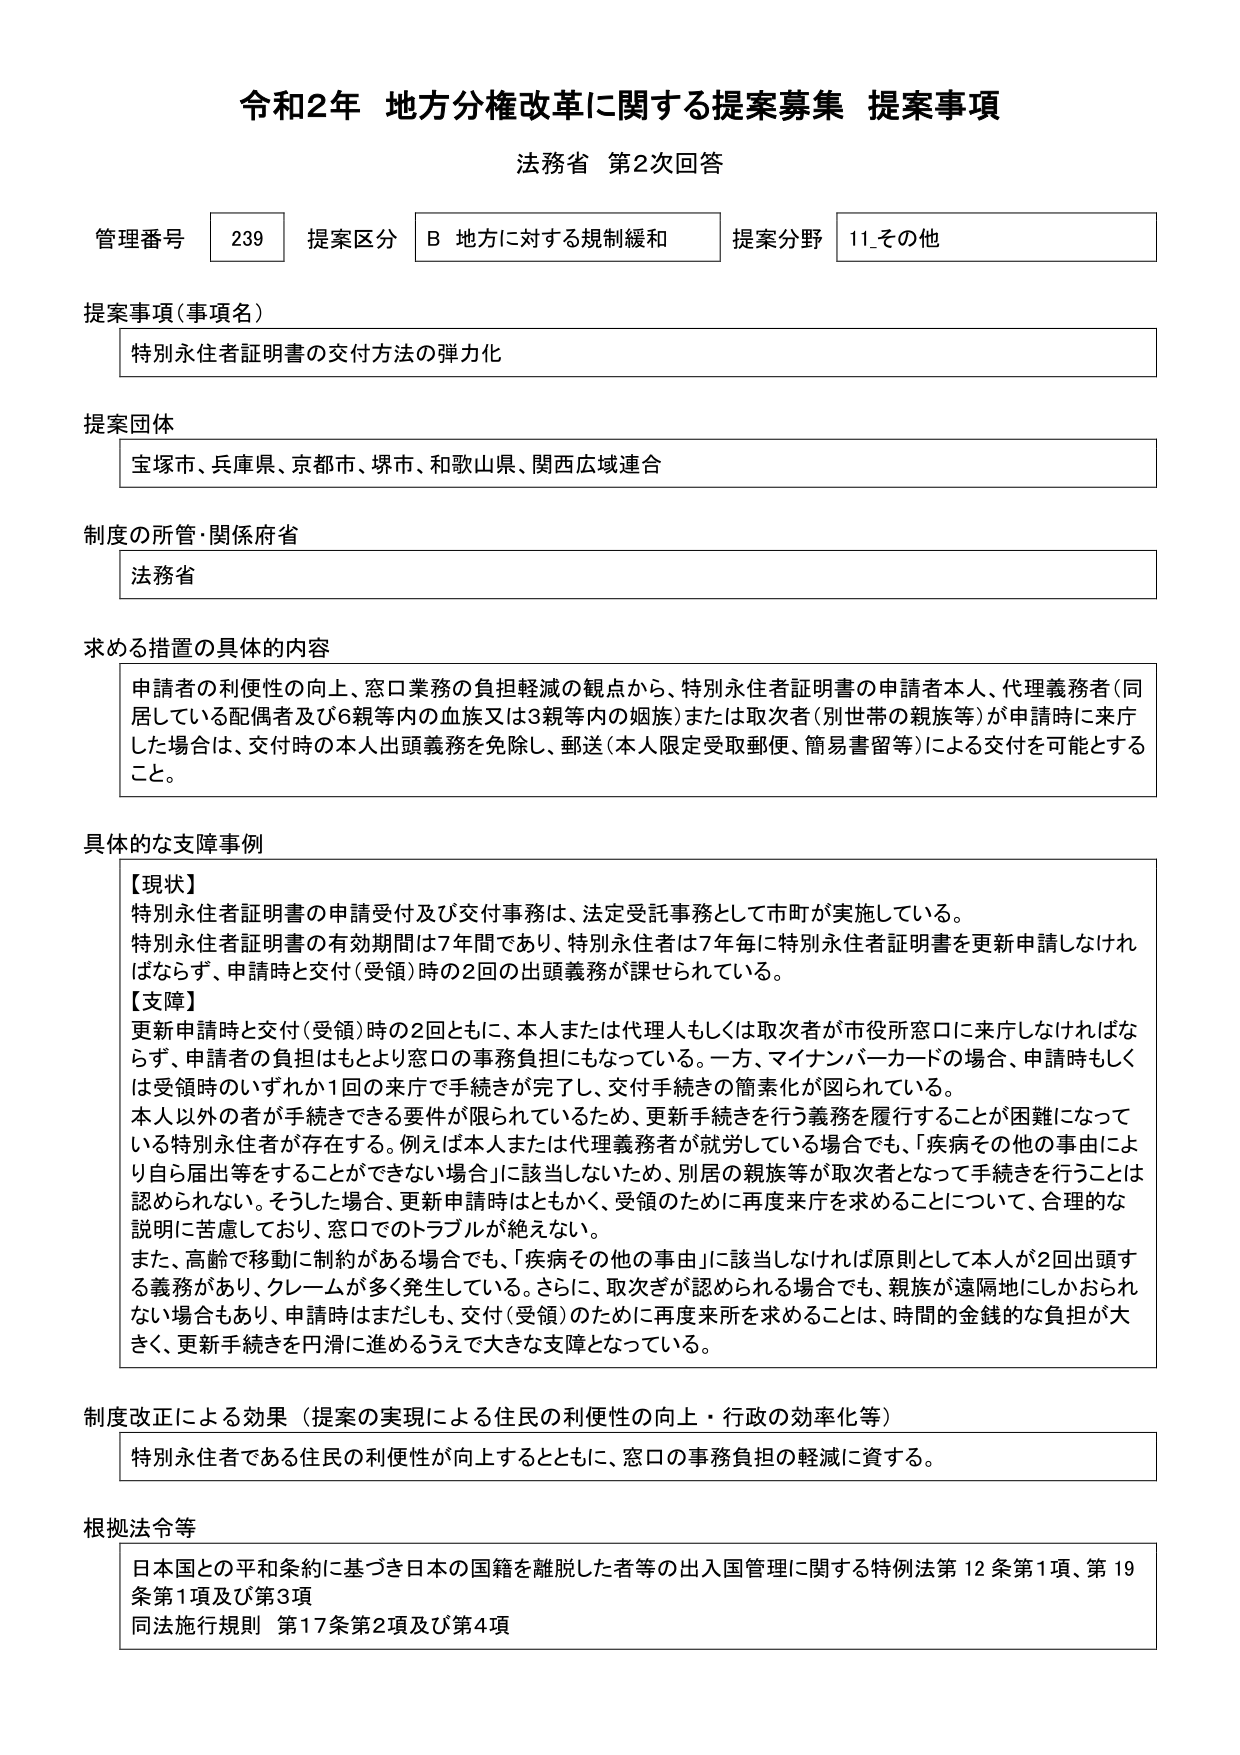
令和2年 地方分権改革に関する提案募集 提案事項
法務省 第2次回答

管理番号 239 提案区分 B 地方に対する規制緩和 提案分野 11_その他

提案事項（事項名）
特別永住者証明書の交付方法の弾力化

提案団体
宝塚市、兵庫県、京都市、堺市、和歌山県、関西広域連合

制度の所管・関係府省
法務省

求める措置の具体的内容
申請者の利便性の向上、窓口業務の負担軽減の観点から、特別永住者証明書の申請者本人、代理義務者（同居している配偶者及び6親等内の血族又は3親等内の姻族）または取次者（別世帯の親族等）が申請時に来庁した場合は、交付時の本人出頭義務を免除し、郵送（本人限定受取郵便、簡易書留等）による交付を可能とすること。

具体的な支障事例
【現状】
特別永住者証明書の申請受付及び交付事務は、法定受託事務として市町が実施している。
特別永住者証明書の有効期間は7年間であり、特別永住者は7年毎に特別永住者証明書を更新申請しなければならず、申請時と交付（受領）時の2回の出頭義務が課せられている。

【支障】
更新申請時と交付（受領）時の2回ともに、本人または代理人もしくは取次者が市役所窓口に来庁しなければならず、申請者の負担はもとより窓口の事務負担にもなっている。一方、マイナンバーカードの場合、申請時もしくは受領時のいずれか1回の来庁で手続きが完了し、交付手続きの簡素化が図られている。
本人以外の者が手続きできる要件が限られているため、更新手続きを行う義務を履行することが困難になっている特別永住者が存在する。例えば本人または代理義務者が就労している場合でも、「疾病その他の事由により自ら届出等をすることができない場合」に該当しないため、別居の親族等が取次者となって手続きを行うことは認められない。そうした場合、更新申請時はともかく、受領のために再度来庁を求めることについて、合理的な説明に苦慮しており、窓口でのトラブルが絶えない。
また、高齢で移動に制約がある場合でも、「疾病その他の事由」に該当しなければ原則として本人が2回出頭する義務があり、クレームが多く発生している。さらに、取次ぎが認められる場合でも、親族が遠隔地にしかおられない場合もあり、申請時はまだしも、交付（受領）のために再度来所を求めることは、時間的金銭的な負担が大きく、更新手続きを円滑に進めるうえで大きな支障となっている。

制度改正による効果（提案の実現による住民の利便性の向上・行政の効率化等）
特別永住者である住民の利便性が向上するとともに、窓口の事務負担の軽減に資する。

根拠法令等
日本国との平和条約に基づき日本の国籍を離脱した者等の出入国管理に関する特例法第12条第1項、第19条第1項及び第3項
同法施行規則 第17条第2項及び第4項